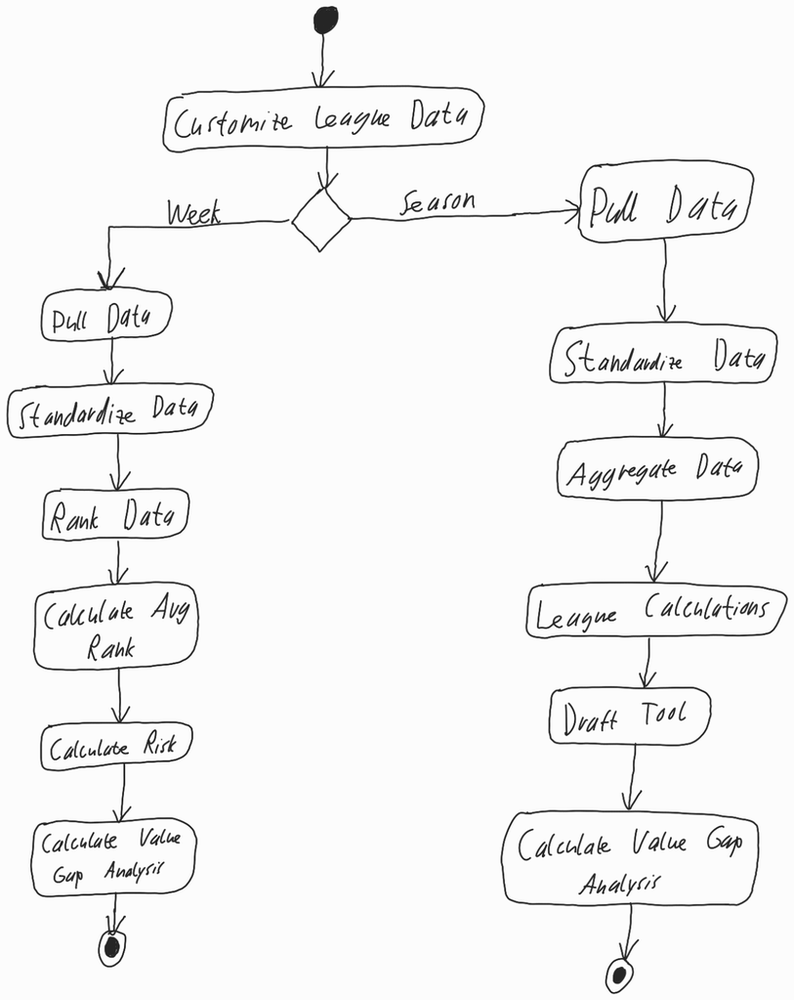
Diagram type: activity_diagram
```plantuml
@startuml

start

:Customize League Data;

if () then (Week)
  :Pull Data;
  :Standardize Data;
  :Rank Data;
  :Calculate Avg Rank;
  :Calculate Risk;
  :Calculate Value Gap Analysis;
  stop
else (Season)
  :Pull Data;
  :Standardize Data;
  :Aggregate Data;
  :League Calculations;
  :Draft Tool;
  :Calculate Value Gap Analysis;
  stop
endif

@enduml
```